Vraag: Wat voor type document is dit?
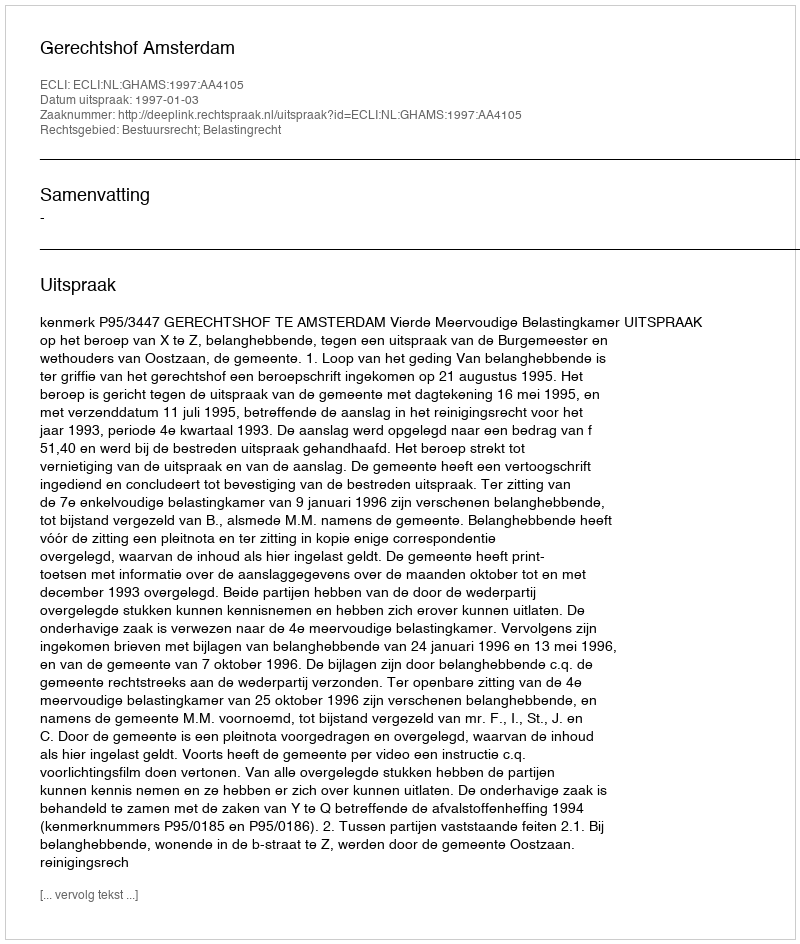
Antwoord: Uitspraak